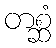
တစ္ဆံ